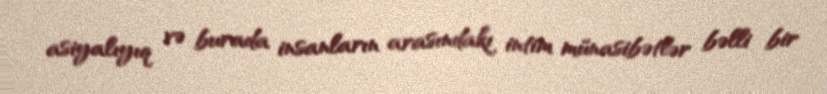
asiyalıyıq və burada insanların arasındakı intim münasibətlər bəlli bir